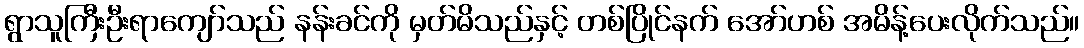
ရွာသူကြီးဦးရာကျော်သည် နန်းခင်ကို မှတ်မိသည်နှင့် တစ်ပြိုင်နက် အော်ဟစ် အမိန့်ပေးလိုက်သည်။